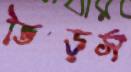
ভিড়স